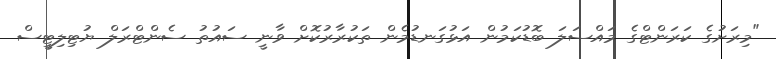
"މިރަށުގެ ކަރަންޓްގެ މައްސަލަ ބޮޑުކަމުން އަޅުގަނޑުމެން ތަކުރާރުކޮށް ވާނީ ސައުތު ސެންޓްރަލް ޔުޓިލިޓީސް